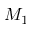
M _ { 1 }